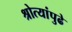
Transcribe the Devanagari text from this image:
श्रोत्यांपुढे